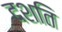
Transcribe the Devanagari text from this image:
दशति